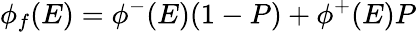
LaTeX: \phi_{f}(E)=\phi^{-}(E)(1-P)+\phi^{+}(E)P